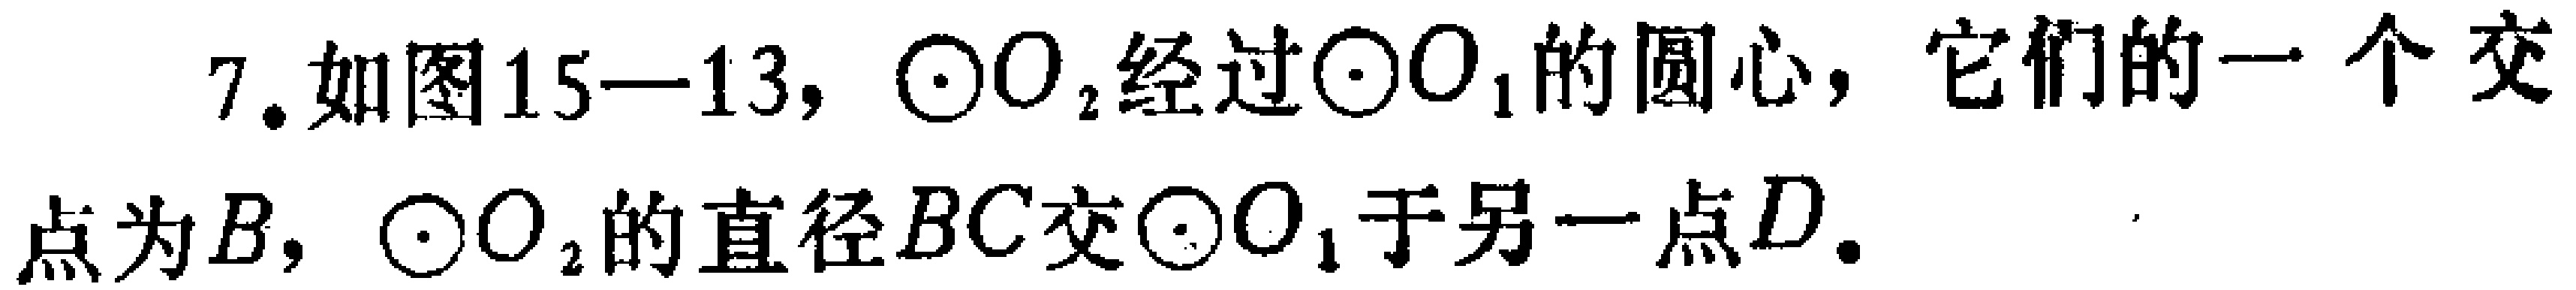
7. 如图15—13，$\odot O_{2}$经过$\odot O_{1}$的圆心，它们的一个交点为$B$，$\odot O_{2}$的直径$BC$交$\odot O_{1}$于另一点$D$.